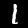
Label: 1